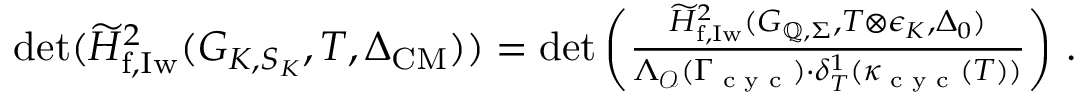
\begin{array} { r } { \begin{array} { r } { \operatorname* { d e t } ( \widetilde { H } _ { \mathrm { f , I w } } ^ { 2 } ( G _ { K , S _ { K } } , T , \Delta _ { \mathrm { C M } } ) ) = \operatorname* { d e t } \left( \frac { \widetilde { H } _ { \mathrm { f , I w } } ^ { 2 } ( G _ { \mathbb { Q } , \Sigma } , T \otimes \epsilon _ { K } , \Delta _ { 0 } ) } { \Lambda _ { \mathcal { O } } ( \Gamma _ { \textup { c y c } } ) \cdot \delta _ { T } ^ { 1 } ( \kappa _ { \textup { c y c } } ( T ) ) } \right) \, . } \end{array} } \end{array}